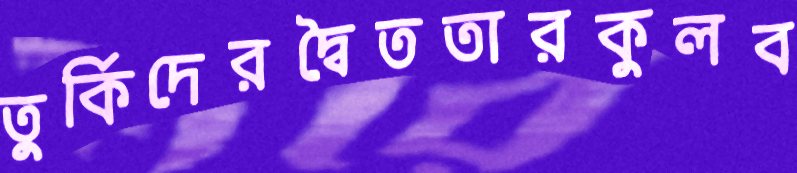
তুর্কিদেরদ্বৈততারকুলব